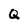
Character: Q